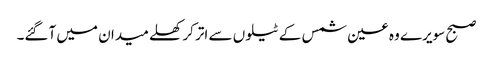
صبح سویرے وہ عین شمس کے ٹیلوں سے اتر کر کھلے میدان میں آگئے۔